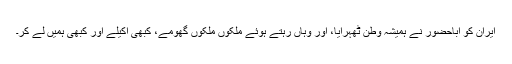
ایران کو اباحضور نے ہمیشہ وطن ٹھہرایا، اور وہاں رہتے ہوئے ملکوں ملکوں گھومے، کبھی اکیلے اور کبھی ہمیں لے کر۔